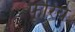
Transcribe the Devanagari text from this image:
फूरिये